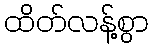
ထိတ်လန့်စွာ